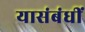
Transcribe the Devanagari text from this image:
यासंबंधीं